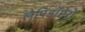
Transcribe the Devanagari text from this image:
लेपिडॉप्टेरों